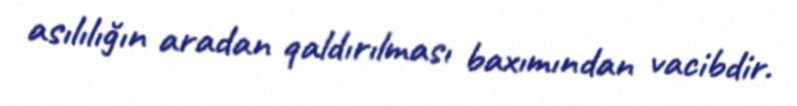
asılılığın aradan qaldırılması baxımından vacibdir.